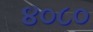
૪૦૮૦